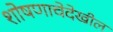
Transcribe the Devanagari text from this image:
शोषणाचेदेखील